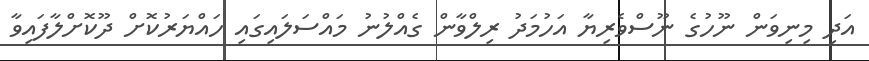
އަދި މިނިވަން ނޫހުގެ ނޫސްވެރިޔާ އަހުމަދު ރިލްވާން ގެއްލުނު މައްސަލައިގައި ހައްޔަރުކޮށް ދޫކޮށްލާފައިވާ